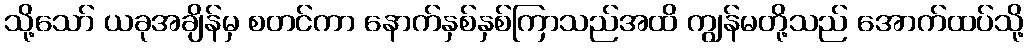
သို့သော် ယခုအချိန်မှ စတင်ကာ နောက်နှစ်နှစ်ကြာသည်အထိ ကျွန်မတို့သည် အောက်ထပ်သို့